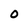
Character: 0